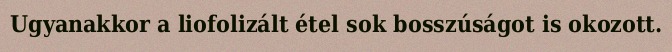
Ugyanakkor a liofolizált étel sok bosszúságot is okozott.